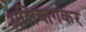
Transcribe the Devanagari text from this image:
अलिबागकर